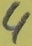
Text: 4